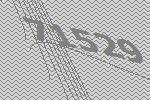
71529